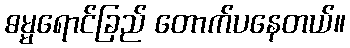
ဓမ္မရောင်ခြည် တောက်ပနေတယ်။